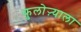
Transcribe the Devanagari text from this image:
फुलोऱ्याला